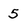
Character: 5